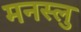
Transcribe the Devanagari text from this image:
मनस्लु